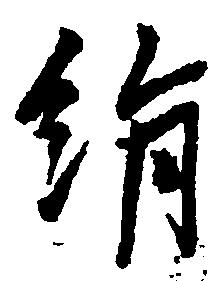
絹